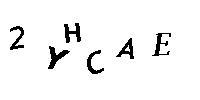
2YHCAE